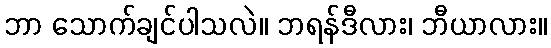
ဘာ သောက်ချင်ပါသလဲ။ ဘရန်ဒီလား၊ ဘီယာလား။